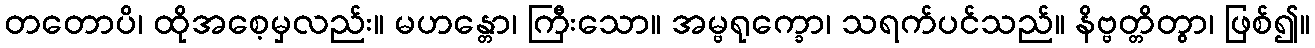
တတောပိ၊ ထိုအစေ့မှလည်း။ မဟန္တော၊ ကြီးသော။ အမ္ဗရုက္ခော၊ သရက်ပင်သည်။ နိဗ္ဗတ္တိတွာ၊ ဖြစ်၍။